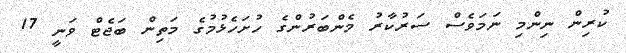
ކުރިން ނިންމި ނަމަވެސް ސަރުކާރު މެންބަރުންގެ ހުށަހެޅުމުގެ މަތިން ބަޖެޓް ވަނީ 17